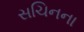
સચિનના